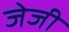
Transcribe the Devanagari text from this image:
जेजी